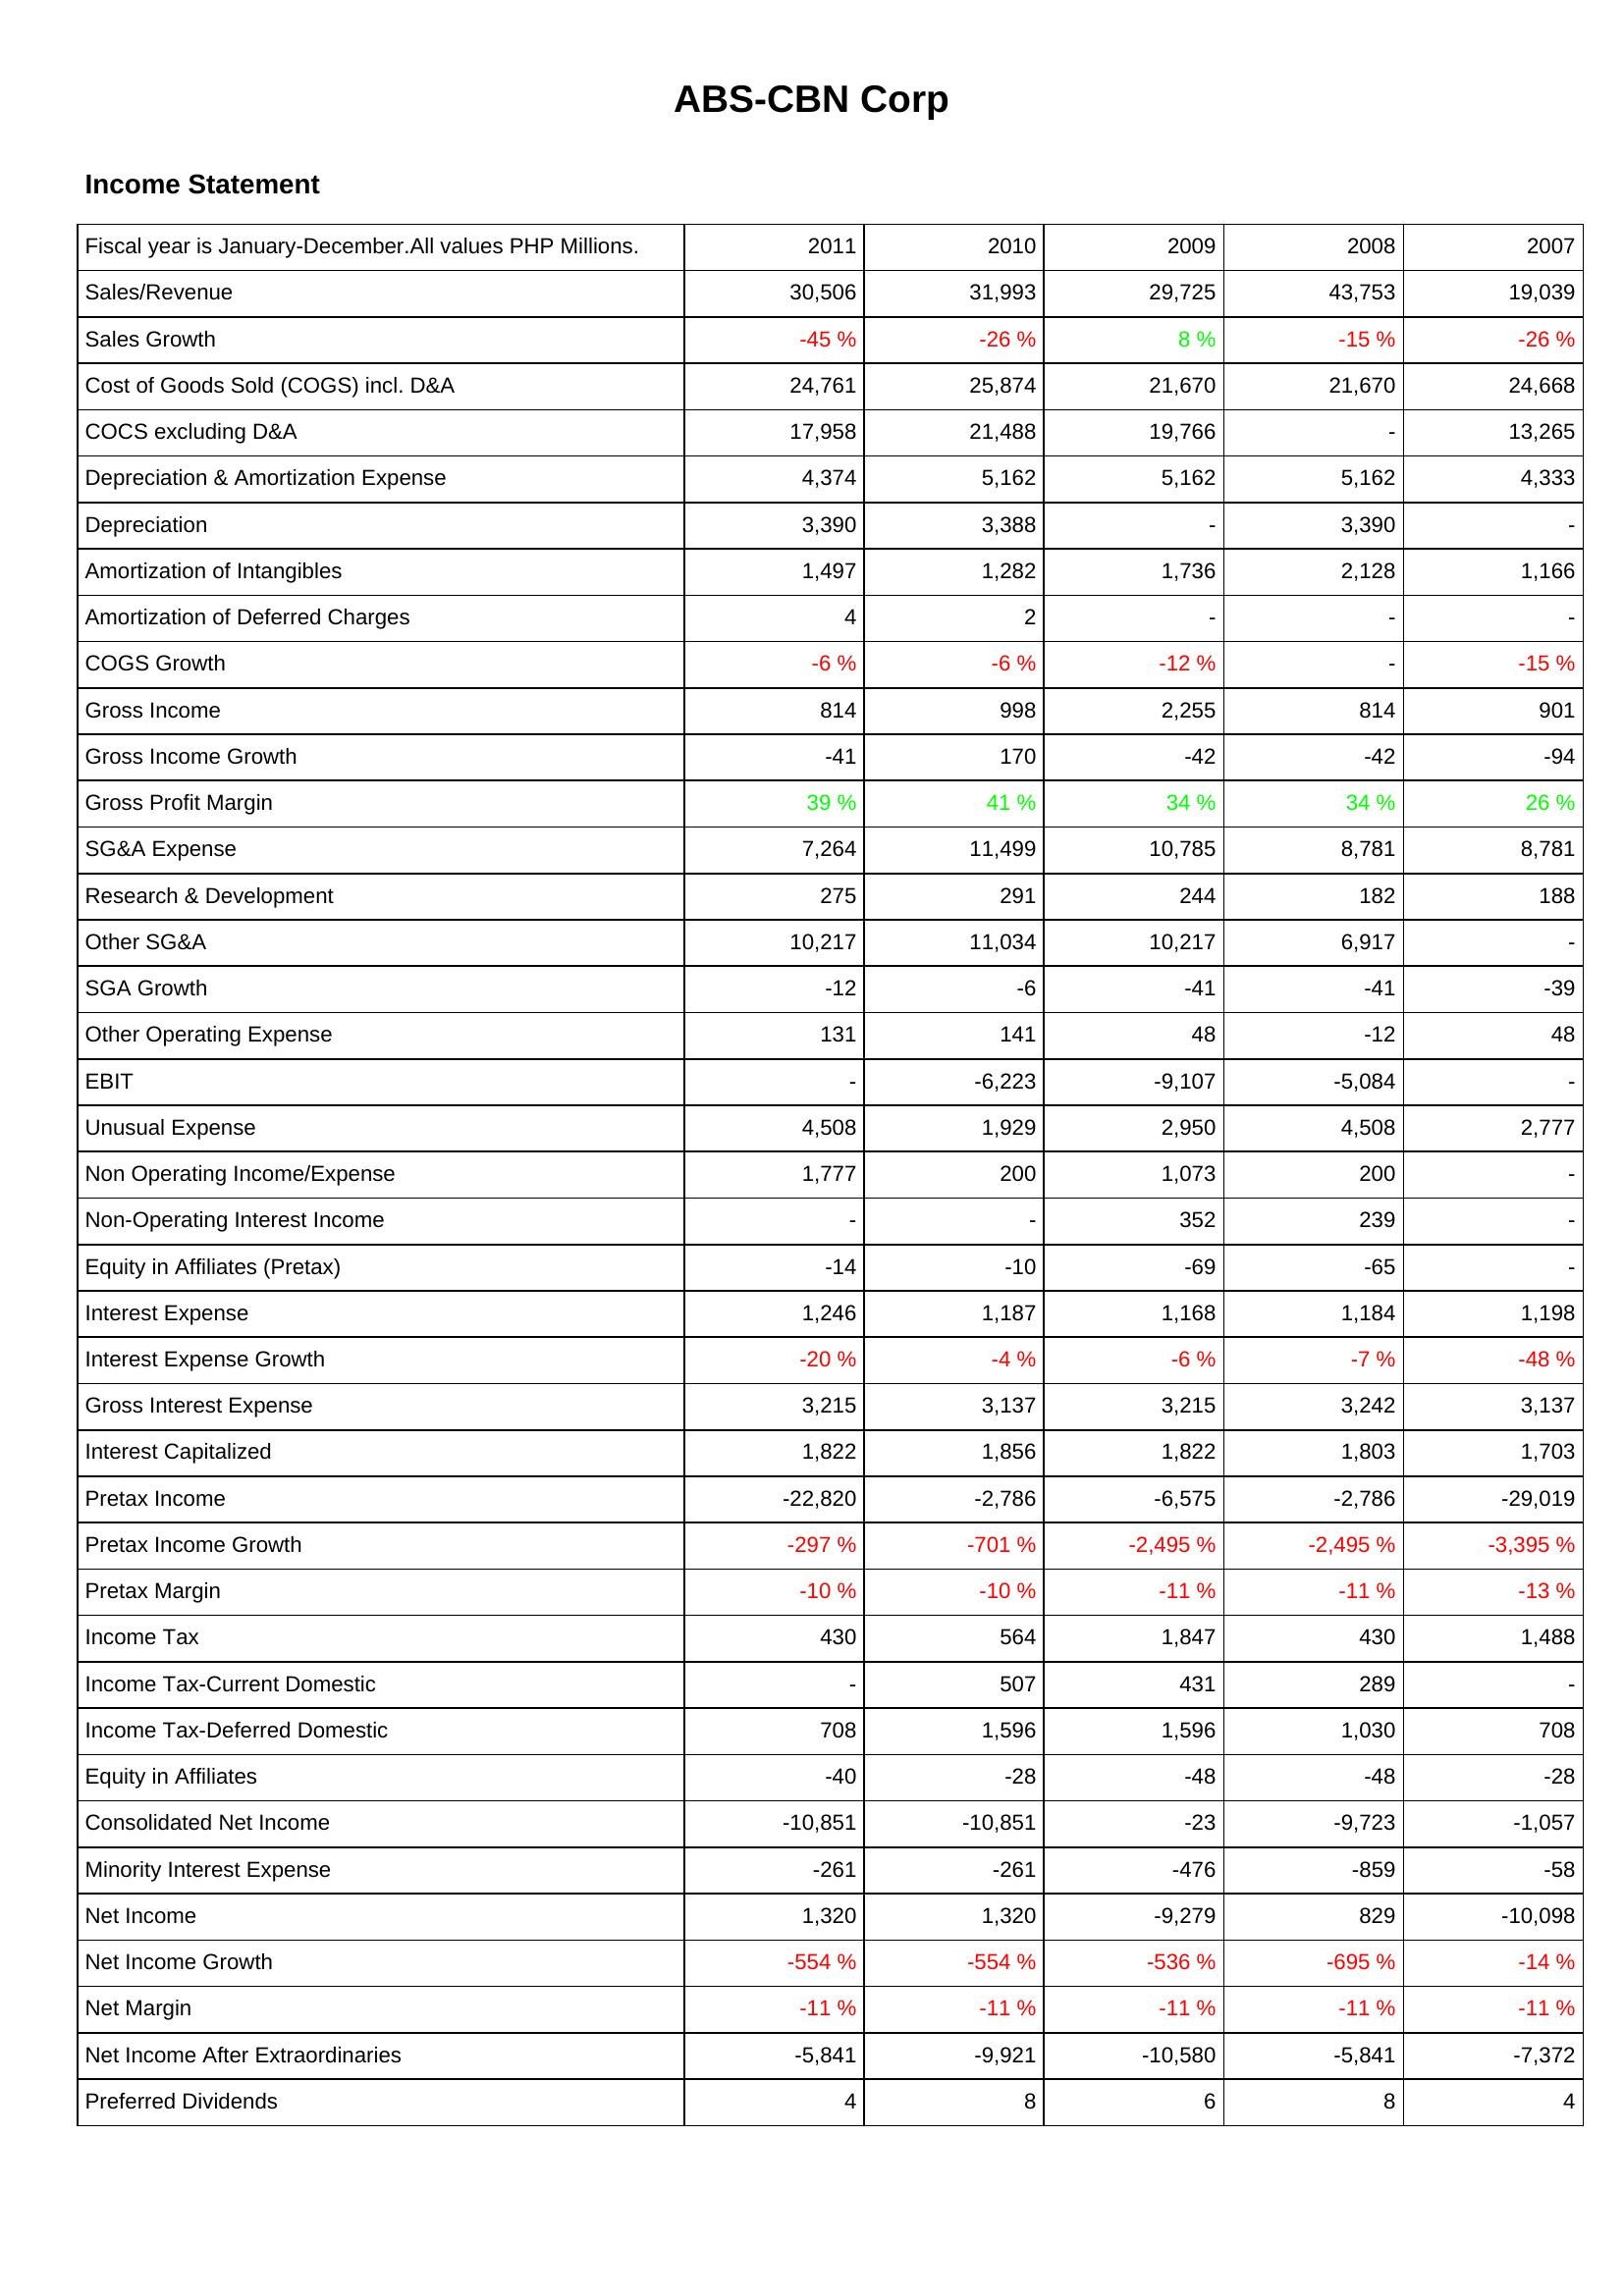
2011: Income Statement: Sales/Revenue: 30,506
Sales Growth: -45 %
Cost of Goods Sold (COGS) incl. D&A: 24,761
COCS excluding D&A: 17,958
Depreciation & Amortization Expense: 4,374
Depreciation: 3,390
Amortization of Intangibles: 1,497
Amortization of Deferred Charges: 4
COGS Growth: -6 %
Gross Income: 814
Gross Income Growth: -41
Gross Profit Margin: 39 %
SG&A Expense: 7,264
Research & Development: 275
Other SG&A: 10,217
SGA Growth: -12
Other Operating Expense: 131
EBIT: -
Unusual Expense: 4,508
Non Operating Income/Expense: 1,777
Non-Operating Interest Income: -
Equity in Affiliates (Pretax): -14
Interest Expense: 1,246
Interest Expense Growth: -20 %
Gross Interest Expense: 3,215
Interest Capitalized: 1,822
Pretax Income: -22,820
Pretax Income Growth: -297 %
Pretax Margin: -10 %
Income Tax: 430
Income Tax-Current Domestic: -
Income Tax-Deferred Domestic: 708
Equity in Affiliates: -40
Consolidated Net Income: -10,851
Minority Interest Expense: -261
Net Income: 1,320
Net Income Growth: -554 %
Net Margin: -11 %
Net Income After Extraordinaries: -5,841
Preferred Dividends: 4
2010: Income Statement: Sales/Revenue: 31,993
Sales Growth: -26 %
Cost of Goods Sold (COGS) incl. D&A: 25,874
COCS excluding D&A: 21,488
Depreciation & Amortization Expense: 5,162
Depreciation: 3,388
Amortization of Intangibles: 1,282
Amortization of Deferred Charges: 2
COGS Growth: -6 %
Gross Income: 998
Gross Income Growth: 170
Gross Profit Margin: 41 %
SG&A Expense: 11,499
Research & Development: 291
Other SG&A: 11,034
SGA Growth: -6
Other Operating Expense: 141
EBIT: -6,223
Unusual Expense: 1,929
Non Operating Income/Expense: 200
Non-Operating Interest Income: -
Equity in Affiliates (Pretax): -10
Interest Expense: 1,187
Interest Expense Growth: -4 %
Gross Interest Expense: 3,137
Interest Capitalized: 1,856
Pretax Income: -2,786
Pretax Income Growth: -701 %
Pretax Margin: -10 %
Income Tax: 564
Income Tax-Current Domestic: 507
Income Tax-Deferred Domestic: 1,596
Equity in Affiliates: -28
Consolidated Net Income: -10,851
Minority Interest Expense: -261
Net Income: 1,320
Net Income Growth: -554 %
Net Margin: -11 %
Net Income After Extraordinaries: -9,921
Preferred Dividends: 8
2009: Income Statement: Sales/Revenue: 29,725
Sales Growth: 8 %
Cost of Goods Sold (COGS) incl. D&A: 21,670
COCS excluding D&A: 19,766
Depreciation & Amortization Expense: 5,162
Depreciation: -
Amortization of Intangibles: 1,736
Amortization of Deferred Charges: -
COGS Growth: -12 %
Gross Income: 2,255
Gross Income Growth: -42
Gross Profit Margin: 34 %
SG&A Expense: 10,785
Research & Development: 244
Other SG&A: 10,217
SGA Growth: -41
Other Operating Expense: 48
EBIT: -9,107
Unusual Expense: 2,950
Non Operating Income/Expense: 1,073
Non-Operating Interest Income: 352
Equity in Affiliates (Pretax): -69
Interest Expense: 1,168
Interest Expense Growth: -6 %
Gross Interest Expense: 3,215
Interest Capitalized: 1,822
Pretax Income: -6,575
Pretax Income Growth: -2,495 %
Pretax Margin: -11 %
Income Tax: 1,847
Income Tax-Current Domestic: 431
Income Tax-Deferred Domestic: 1,596
Equity in Affiliates: -48
Consolidated Net Income: -23
Minority Interest Expense: -476
Net Income: -9,279
Net Income Growth: -536 %
Net Margin: -11 %
Net Income After Extraordinaries: -10,580
Preferred Dividends: 6
2008: Income Statement: Sales/Revenue: 43,753
Sales Growth: -15 %
Cost of Goods Sold (COGS) incl. D&A: 21,670
COCS excluding D&A: -
Depreciation & Amortization Expense: 5,162
Depreciation: 3,390
Amortization of Intangibles: 2,128
Amortization of Deferred Charges: -
COGS Growth: -
Gross Income: 814
Gross Income Growth: -42
Gross Profit Margin: 34 %
SG&A Expense: 8,781
Research & Development: 182
Other SG&A: 6,917
SGA Growth: -41
Other Operating Expense: -12
EBIT: -5,084
Unusual Expense: 4,508
Non Operating Income/Expense: 200
Non-Operating Interest Income: 239
Equity in Affiliates (Pretax): -65
Interest Expense: 1,184
Interest Expense Growth: -7 %
Gross Interest Expense: 3,242
Interest Capitalized: 1,803
Pretax Income: -2,786
Pretax Income Growth: -2,495 %
Pretax Margin: -11 %
Income Tax: 430
Income Tax-Current Domestic: 289
Income Tax-Deferred Domestic: 1,030
Equity in Affiliates: -48
Consolidated Net Income: -9,723
Minority Interest Expense: -859
Net Income: 829
Net Income Growth: -695 %
Net Margin: -11 %
Net Income After Extraordinaries: -5,841
Preferred Dividends: 8
2007: Income Statement: Sales/Revenue: 19,039
Sales Growth: -26 %
Cost of Goods Sold (COGS) incl. D&A: 24,668
COCS excluding D&A: 13,265
Depreciation & Amortization Expense: 4,333
Depreciation: -
Amortization of Intangibles: 1,166
Amortization of Deferred Charges: -
COGS Growth: -15 %
Gross Income: 901
Gross Income Growth: -94
Gross Profit Margin: 26 %
SG&A Expense: 8,781
Research & Development: 188
Other SG&A: -
SGA Growth: -39
Other Operating Expense: 48
EBIT: -
Unusual Expense: 2,777
Non Operating Income/Expense: -
Non-Operating Interest Income: -
Equity in Affiliates (Pretax): -
Interest Expense: 1,198
Interest Expense Growth: -48 %
Gross Interest Expense: 3,137
Interest Capitalized: 1,703
Pretax Income: -29,019
Pretax Income Growth: -3,395 %
Pretax Margin: -13 %
Income Tax: 1,488
Income Tax-Current Domestic: -
Income Tax-Deferred Domestic: 708
Equity in Affiliates: -28
Consolidated Net Income: -1,057
Minority Interest Expense: -58
Net Income: -10,098
Net Income Growth: -14 %
Net Margin: -11 %
Net Income After Extraordinaries: -7,372
Preferred Dividends: 4